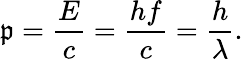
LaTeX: \mathfrak{p}={\frac{{E}}{{c}}}={\frac{{hf}}{{c}}}={\frac{{h}}{{\lambda}}}.